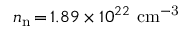
n _ { \mathrm { n } } \, { = } \, 1 . 8 9 \times 1 0 ^ { 2 2 } ~ \mathrm { c m ^ { - 3 } }